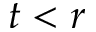
t < r